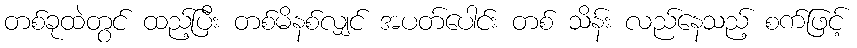
တစ်ခုထဲတွင် ထည့်ပြီး တစ်မိနစ်လျှင် အပတ်ပေါင်း တစ် သိန်း လည်နေသည့် စက်ဖြင့်